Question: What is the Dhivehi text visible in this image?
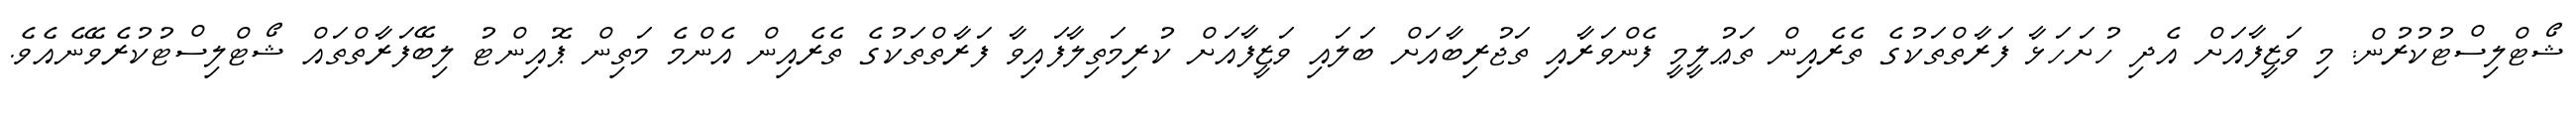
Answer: ޝޯޓްލިސްޓުކުރުން: މި ވަޒީފާއަށް އެދި ހުށަހަޅާ ފަރާތްތަކުގެ ތެރެއިން ތަޢުލީމީ ފެންވަރާއި ތަޖުރިބާއަށް ބަލައި ވަޒީފާއަށް ކުރިމަތިލާފައިވާ ފަރާތްތަކުގެ ތެރެއިން އެންމެ މަތިން ޕޮއިންޓު ލިބޭފަރާތްތައް ޝޯޓްލިސްޓުކުރެވޭނެއެވެ.